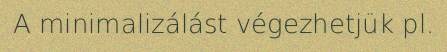
A minimalizálást végezhetjük pl.